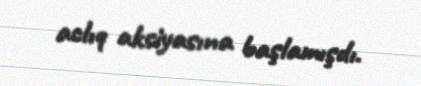
aclıq aksiyasına başlamışdı.